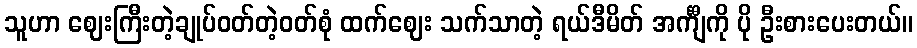
သူဟာ ဈေးကြီးတဲ့ချုပ်ဝတ်တဲ့ဝတ်စုံ ထက်ဈေး သက်သာတဲ့ ရယ်ဒီမိတ် အင်္ကျီကို ပို ဦးစားပေးတယ်။